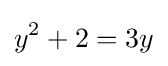
y^{2}+2=3y